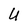
Character: U